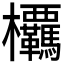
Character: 𭭂